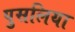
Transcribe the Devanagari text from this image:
पुसलिया